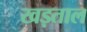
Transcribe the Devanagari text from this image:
खड़ताल